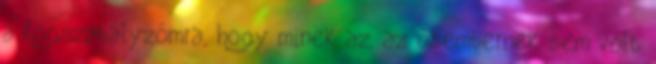
a fogszabályzómra, hogy minek az, az ősembernek sem volt